Problem: 8 × 4 = ?
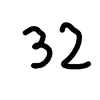
Handwritten answer: 32